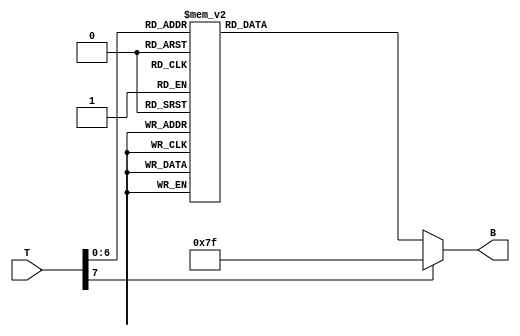
module thermal_encoder (
    input [7:0] T,        // 8-bit temperature input
    output reg [6:0] B    // 7-bit encoded output
);

    always @(*) begin
        case (T)
            8'd0  : B = 7'b0000000; // 0C to 10C
            8'd1  : B = 7'b0000000; // 0C to 10C
            8'd2  : B = 7'b0000000; // 0C to 10C
            8'd3  : B = 7'b0000000; // 0C to 10C
            8'd4  : B = 7'b0000000; // 0C to 10C
            8'd5  : B = 7'b0000000; // 0C to 10C
            8'd6  : B = 7'b0000000; // 0C to 10C
            8'd7  : B = 7'b0000000; // 0C to 10C
            8'd8  : B = 7'b0000000; // 0C to 10C
            8'd9  : B = 7'b0000000; // 0C to 10C
            8'd10 : B = 7'b0000001; // 11C to 20C
            8'd11 : B = 7'b0000001; // 11C to 20C
            8'd12 : B = 7'b0000001; // 11C to 20C
            8'd13 : B = 7'b0000001; // 11C to 20C
            8'd14 : B = 7'b0000001; // 11C to 20C
            8'd15 : B = 7'b0000001; // 11C to 20C
            8'd16 : B = 7'b0000001; // 11C to 20C
            8'd17 : B = 7'b0000001; // 11C to 20C
            8'd18 : B = 7'b0000001; // 11C to 20C
            8'd19 : B = 7'b0000001; // 11C to 20C
            8'd20 : B = 7'b0000010; // 21C to 30C
            // Continue for other ranges...
            8'd21 : B = 7'b0000010; // 21C to 30C
            8'd22 : B = 7'b0000010; // 21C to 30C
            8'd23 : B = 7'b0000010; // 21C to 30C
            8'd24 : B = 7'b0000010; // 21C to 30C
            8'd25 : B = 7'b0000010; // 21C to 30C
            8'd26 : B = 7'b0000010; // 21C to 30C
            8'd27 : B = 7'b0000010; // 21C to 30C
            8'd28 : B = 7'b0000010; // 21C to 30C
            8'd29 : B = 7'b0000010; // 21C to 30C
            8'd30 : B = 7'b0000011; // 31C to 40C
            // ... Add additional cases for each range up to 100C
            8'd100: B = 7'b0001100; // 91C to 100C
            default: B = 7'b1111111; // Default case for out of range
        endcase
    end

endmodule